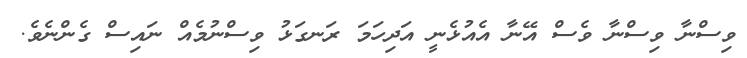
ވިސްނާ ވިސްނާ ވެސް އޭނާ އެއުޅެނީ އަދިހަމަ ރަނގަޅު ވިސްނުމެއް ނައިސް ގެންނެވެ.